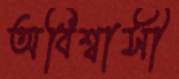
অবিশ্বাসী